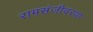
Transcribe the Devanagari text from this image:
रामसंजीवरया